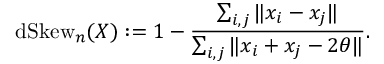
\operatorname { d S k e w } _ { n } ( X ) : = 1 - { \frac { \sum _ { i , j } \| x _ { i } - x _ { j } \| } { \sum _ { i , j } \| x _ { i } + x _ { j } - 2 \theta \| } } .